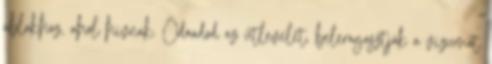
ablakhoz, ahol hívnak. Odaadod az útlevelet, beleragasztják a vízumot